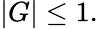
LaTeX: \vert G\vert\leq 1.